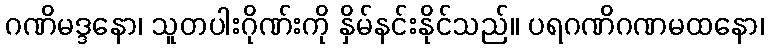
ဂဏိမဒ္ဒနော၊ သူတပါးဂိုဏ်းကို နှိမ်နင်းနိုင်သည်။ ပရဂဏိဂဏမထနော၊